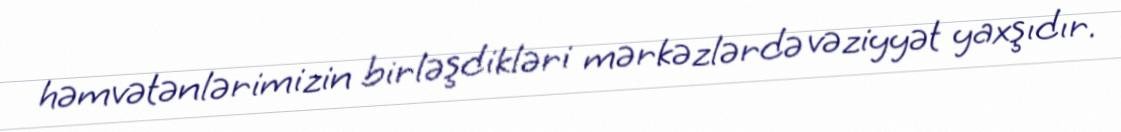
həmvətənlərimizin birləşdikləri mərkəzlərdə vəziyyət yaxşıdır.